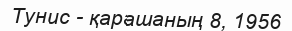
Тунис - қарашаның 8, 1956